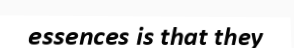
essences is that they